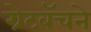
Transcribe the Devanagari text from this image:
ग्रेटबॅचने